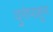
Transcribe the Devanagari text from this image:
युरोपाहुन